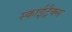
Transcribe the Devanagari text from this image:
स्काईट्रैक्स